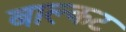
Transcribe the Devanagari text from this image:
बाल्कट